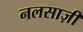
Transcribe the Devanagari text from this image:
नलसाज़ी